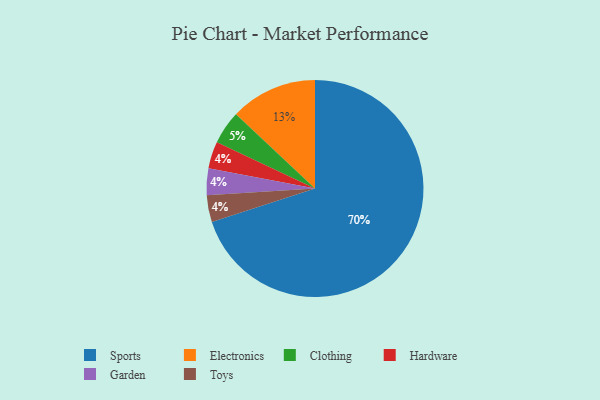
{"axis": {"x": "Category", "y": "Percentage"}, "legend": ["Clothing", "Electronics", "Garden", "Hardware", "Sports", "Toys"], "data": [{"x": "Sports", "y": 70, "type": "Sports"}, {"x": "Clothing", "y": 5, "type": "Clothing"}, {"x": "Hardware", "y": 4, "type": "Hardware"}, {"x": "Electronics", "y": 13, "type": "Electronics"}, {"x": "Garden", "y": 4, "type": "Garden"}, {"x": "Toys", "y": 4, "type": "Toys"}]}